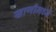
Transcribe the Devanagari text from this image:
खाणीमध्ये